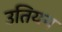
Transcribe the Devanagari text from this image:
उतियन